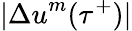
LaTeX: \vert{\Delta u}^{m}(\tau^{+})\vert